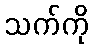
သက်ကို